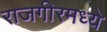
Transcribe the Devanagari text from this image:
राजगीरमध्ये